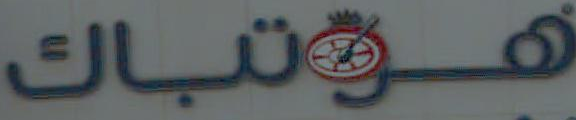
هوتباك